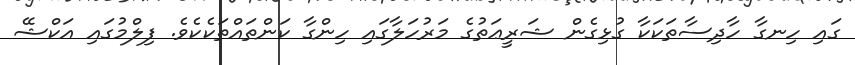
ގައި ހިނގާ ހާދިސާތަކަކާ ގުޅިގެން ޝަރީޢަތުގެ މަރުހަލާގައި ހިންގާ ކަންތައްތަކެކެވެ. ފިލްމުގައި އަކްޝޭ